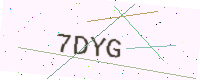
Text: 7DYG